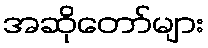
အဆိုတော်များ